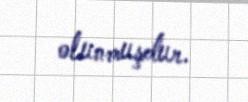
olunmuşdur.